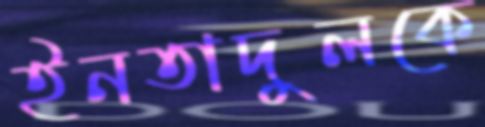
ইনতাদুলকে